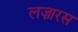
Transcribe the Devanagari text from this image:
लज़ारस